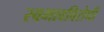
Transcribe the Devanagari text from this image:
स्वभावविरोधी